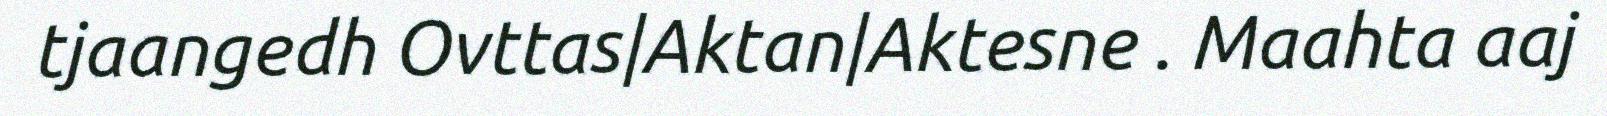
tjaangedh Ovttas|Aktan|Aktesne . Maahta aaj